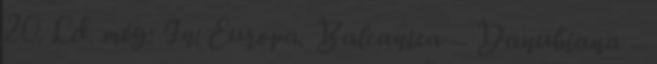
20. Ld. még: In: Europa. Balcanica – Danubiana –